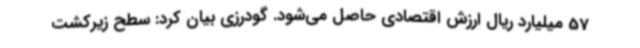
57 میلیارد ریال ارزش اقتصادی حاصل می‌شود. گودرزی بیان کرد: سطح زیرکشت